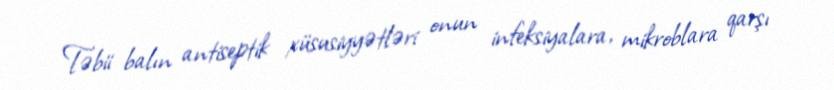
Təbii balın antiseptik xüsusiyyətləri onun infeksiyalara, mikroblara qarşı